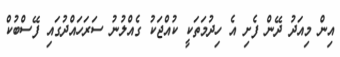
އިން މިއަދު ދޭން ފެށި އެ ހިދުމަތަކީ ކުއްޖަކު ގެއްލުނު ސަރަހައްދުގައި ފޭސްބުކް